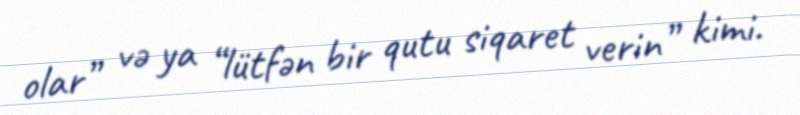
olar” və ya “lütfən bir qutu siqaret verin” kimi.